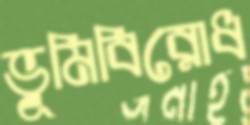
ভূমিবিরোধ